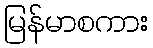
မြန်မာစကား